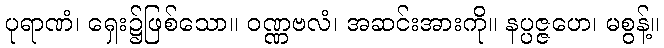
ပုရာဏံ၊ ရှေး၌ဖြစ်သော။ ဝဏ္ဏဗလံ၊ အဆင်းအားကို။ နပ္ပဇ္ဇဟေ၊ မစွန့်။